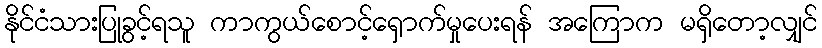
နိုင်ငံသားပြုခွင့်ရသူ ကာကွယ်စောင့်ရှောက်မှုပေးရန် အကြောက မရှိတော့လျှင်